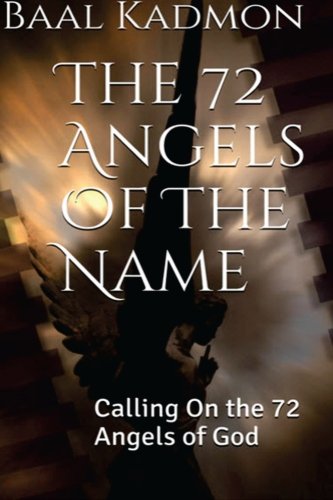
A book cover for The 72 Angels Of The Name: Calling On the 72 Angels of God (Sacred Names) (Volume 2); Baal Kadmon; Religion & Spirituality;